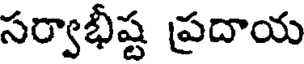
సర్వాభీష్ట ప్రదాయ